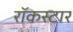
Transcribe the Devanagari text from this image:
रॉकस्‍टार